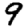
Digit: 9